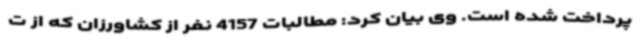
پرداخت شده است. وی بیان کرد: مطالبات 4157 نفر از کشاورزان که از ت